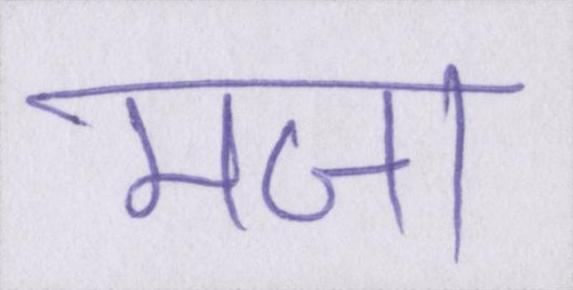
मजा